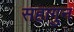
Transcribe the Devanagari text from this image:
सहागुन